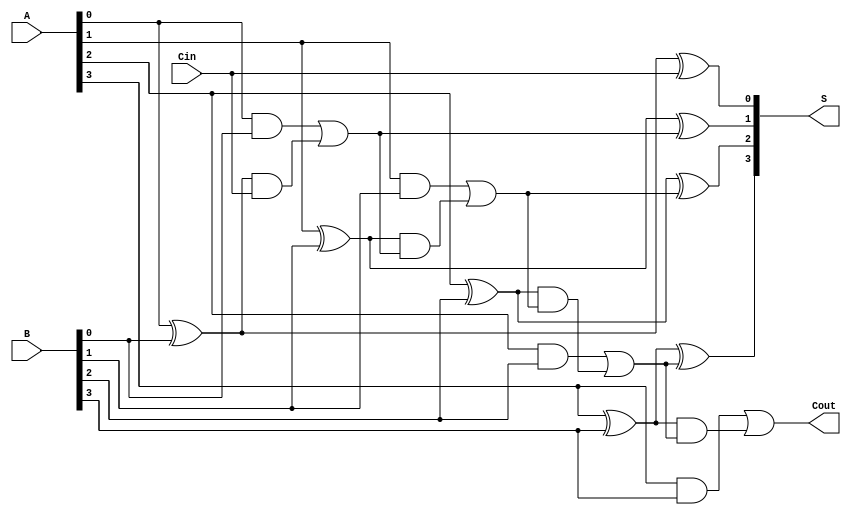
module ConditionalSumAdder #(parameter n = 4) (
    input  [n-1:0] A,       // n-bit input A
    input  [n-1:0] B,       // n-bit input B
    input          Cin,      // Carry-in
    output [n-1:0] S,       // n-bit sum output
    output         Cout      // Carry-out
);

    wire [n:0] P;   // Propagate signals
    wire [n:0] G;   // Generate signals
    wire [n:0] C;   // Carry signals

    // Generate and propagate for each bit
    genvar i;
    generate
        for (i = 0; i < n; i = i + 1) begin: carry_gen
            assign P[i] = A[i] ^ B[i];     // Propagate
            assign G[i] = A[i] & B[i];     // Generate
        end
    endgenerate

    // Carry generation logic
    assign C[0] = Cin; // Initial carry in

    generate
        for (i = 0; i < n; i = i + 1) begin: carry_logic
            assign C[i + 1] = G[i] | (P[i] & C[i]); // Carry-out logic
        end
    endgenerate

    // Sum calculation using the carry signals
    generate
        for (i = 0; i < n; i = i + 1) begin: sum_calc
            assign S[i] = P[i] ^ C[i]; // Sum computation
        end
    endgenerate

    // Carry out
    assign Cout = C[n];

endmodule